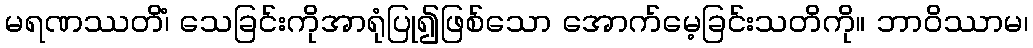
မရဏဿတိံ၊ သေခြင်းကိုအာရုံပြု၍ဖြစ်သော အောက်မေ့ခြင်းသတိကို။ ဘာဝိဿာမ၊